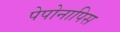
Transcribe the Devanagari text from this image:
पेपोनापिस